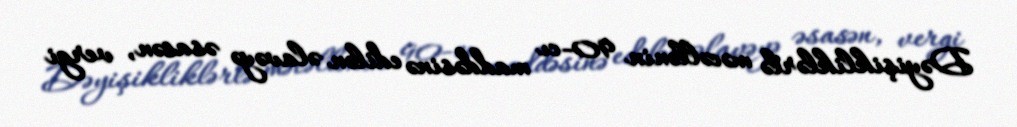
Dəyişikliklərlə məcəllənin 90-cı maddəsinə edilən əlavəyə əsasən, vergi